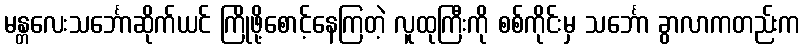
မန္တလေးသင်္ဘောဆိုက်ယင် ကြိုဖို့စောင့်နေကြတဲ့ လူထုကြီးကို စစ်ကိုင်းမှ သင်္ဘော ခွာလာကတည်းက